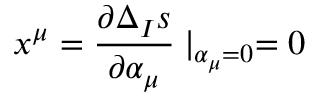
x ^ { \mu } = \frac { \partial \Delta _ { I } s } { \partial \alpha _ { \mu } } \mid _ { \alpha _ { \mu } = 0 } = 0